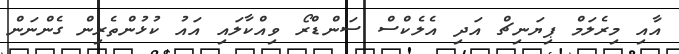
އާއި މިރެލަމް ޕިޔަނިޗް އަދި އެލެކްސް ސަންޑްރޯ ވިއްކާލައި އައު ކުޅުންތެރިން ގެންނަން